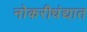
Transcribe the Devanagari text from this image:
नोकरीधंद्यात